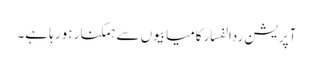
آپریشن ردالفسار کامیابیوں سے ہمکنار ہو رہا ہے۔